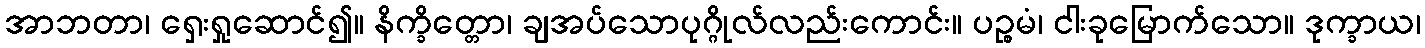
အာဘတာ၊ ရှေးရှုဆောင်၍။ နိက္ခိတ္တော၊ ချအပ်သောပုဂ္ဂိုလ်လည်းကောင်း။ ပဉ္စမံ၊ ငါးခုမြောက်သော။ ဒုက္ခာယ၊